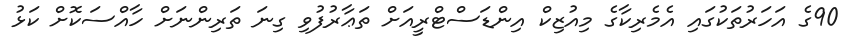
90ގެ އަހަރުތަކުގައި އެމެރިކާގެ މިއުޒިކް އިންޑަސްޓްރީއަށް ތަޢާރުފުވި ގިނަ ތަރިންނަށް ހާއްސަކޮށް ކަޅު